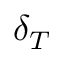
\delta _ { T }